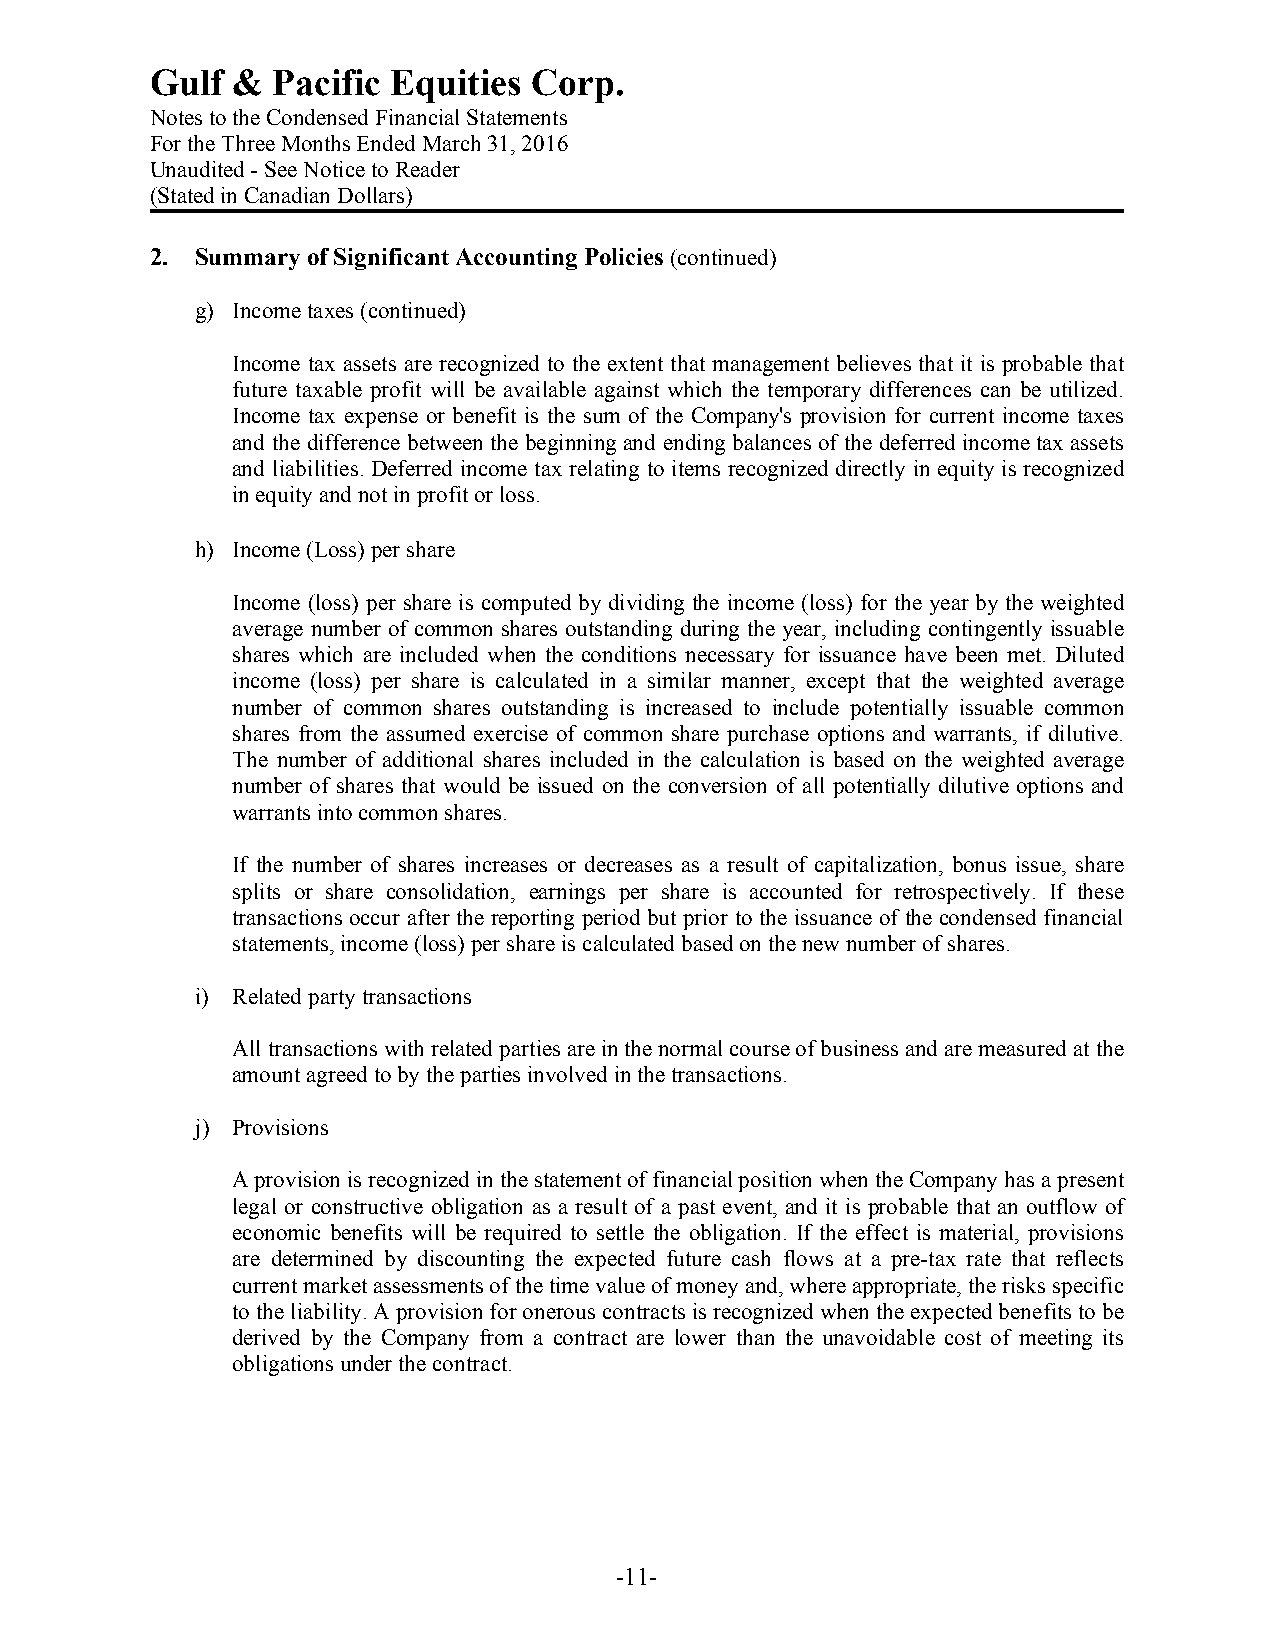
Gulf &  Pacific Equities Corp.
 Notes to the Condensed Financial Statements
 For the Three Months Ended March 31, 2016
 Unaudited - See Notice to Reader
 (Stated in Canadian Dollars)
 2. Summary of Significant Accounting Policies (continued)
 g) Income taxes (continued)
 Income tax assets are recognized to the extent that management believes that it is probable that
 future taxable profit will be available against which the temporary differences can be utilized.
 Income tax expense or benefit is the sum of the Company's provision for current income taxes
 and the difference between the beginning and ending balances of the deferred income tax assets
 and liabilities. Deferred income tax relating to items recognized directly in equity is recognized
 in equity and not in profit or loss.
 h) Income (Loss) per share
 Income (loss) per share is computed by dividing the income (loss) for the year by the weighted
 average number of common shares outstanding during the year, including contingently issuable
 shares which are included when the conditions necessary for issuance have been met. Diluted
 income (loss) per share is calculated in a similar manner, except that the weighted average
 number of common shares outstanding is increased to include potentially issuable common
 shares from the assumed exercise of common share purchase options and warrants, if dilutive.
 The number of additional shares included in the calculation is based on the weighted average
 number of shares that would be issued on the conversion of all potentially dilutive options and
 warrants into common shares.
 If the number of shares increases or decreases as a result of capitalization, bonus issue, share
 splits or share consolidation, earnings per share is accounted for retrospectively. If these
 transactions occur after the reporting period but prior to the issuance of the condensed financial
 statements, income (loss) per share is calculated based on the new number of shares.
 i) Related party transactions
 All transactions with related parties are in the normal course of business and are measured at the
 amount agreed to by the parties involved in the transactions.
 j) Provisions
 A provision is recognized in the statement of financial position when the Company has a present
 legal or constructive obligation as a result of a past event, and it is probable that an outflow of
 economic benefits will be required to settle the obligation. If the effect is material, provisions
 are determined by discounting the expected future cash flows at a pre-tax rate that reflects
 current market assessments of the time value of money and, where appropriate, the risks specific
 to the liability. A provision for onerous contracts is recognized when the expected benefits to be
 derived by the Company from a contract are lower than the unavoidable cost of meeting its
 obligations under the contract.
 -11-